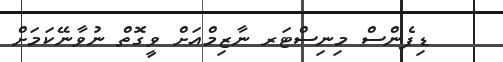
ޑިފެންސް މިނިސްޓަރ ނާޒިމްއަށް ވީގޮތް ނުވާނޭކަމަށް